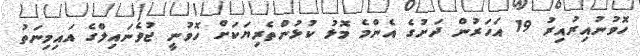
ހޮވުނުއިރުއިރު 19 އަހަރުން ދަށުގެ އެންމެ މޮޅު ކުޅުންތެރިޔަކަށް ހޮވުނީ ޖުވެނައިލްގެ އައިމިނަތު